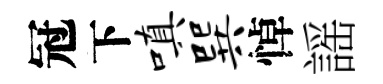
冠下嗔巽悼謡